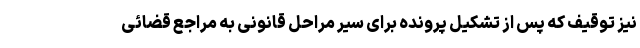
نیز توقیف که پس از تشکیل پرونده برای سیر مراحل قانونی به مراجع قضائی